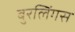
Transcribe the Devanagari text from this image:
बुरलिंगस